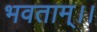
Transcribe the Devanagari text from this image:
भवताम्।।